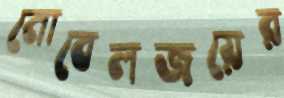
নোবেলজয়ের